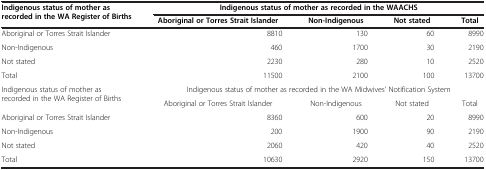
<table><thead><tr><td rowspan="2"><b>Indigenous status of mother as recorded in the WA Register of Births</b></td><td colspan="4"><b>Indigenous status of mother as recorded in the WAACHS</b></td></tr><tr><td><b>Aboriginal or Torres Strait Islander</b></td><td><b>Non-Indigenous</b></td><td><b>Not stated</b></td><td><b>Total</b></td></tr></thead><tbody><tr><td>Aboriginal or Torres Strait Islander</td><td>8810</td><td>130</td><td>60</td><td>8990</td></tr><tr><td>Non-Indigenous</td><td>460</td><td>1700</td><td>30</td><td>2190</td></tr><tr><td>Not stated</td><td>2230</td><td>280</td><td>10</td><td>2520</td></tr><tr><td>Total</td><td>11500</td><td>2100</td><td>100</td><td>13700</td></tr><tr><td rowspan="2">Indigenous status of mother as recorded in the WA Register of Births</td><td colspan="4">Indigenous status of mother as recorded in the WA Midwives’ Notification System</td></tr><tr><td>Aboriginal or Torres Strait Islander</td><td>Non-Indigenous</td><td>Not stated</td><td>Total</td></tr><tr><td>Aboriginal or Torres Strait Islander</td><td>8360</td><td>600</td><td>20</td><td>8990</td></tr><tr><td>Non-Indigenous</td><td>200</td><td>1900</td><td>90</td><td>2190</td></tr><tr><td>Not stated</td><td>2060</td><td>420</td><td>40</td><td>2520</td></tr><tr><td>Total</td><td>10630</td><td>2920</td><td>150</td><td>13700</td></tr></tbody></table>